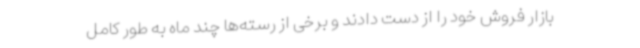
بازار فروش خود را از دست دادند و برخی از رسته‌ها چند ماه به طور کامل